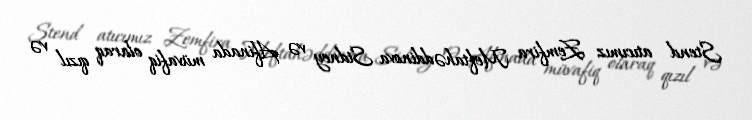
Stend atıcımız Zemfira Meftahəddinova Sidney və Afinada müvafiq olaraq qızıl və